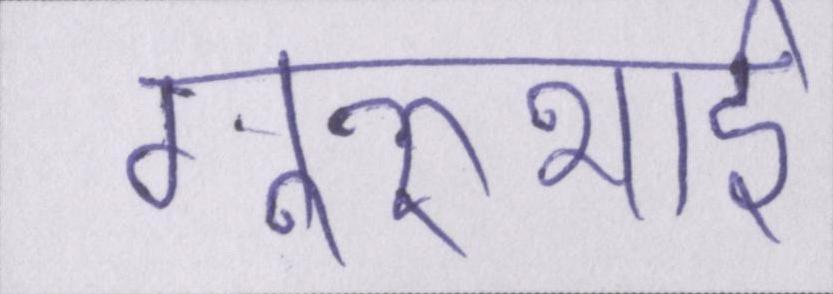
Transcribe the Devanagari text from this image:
गुरुभाई